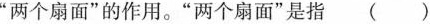
”两个扇面”的作用。”两个扇面”是指()